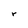
Character: r